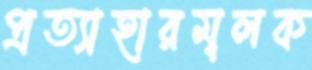
প্রত্যাহারমূলক